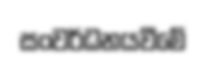
සංවර්ධනයවීමේ